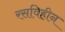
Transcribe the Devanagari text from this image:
रसविहीन